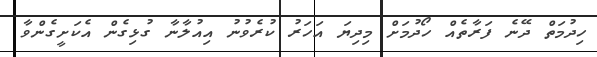
ހިދުމަތް ދޭނެ ފަރާތެއް ހޯދުމަށް މިދިޔަ އަހަރު ކުރެވުނު އިއުލާނާ ގުޅިގެން އެކަށީގެންވާ